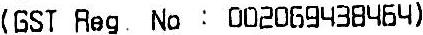
(GST REG NO : 002069438464)